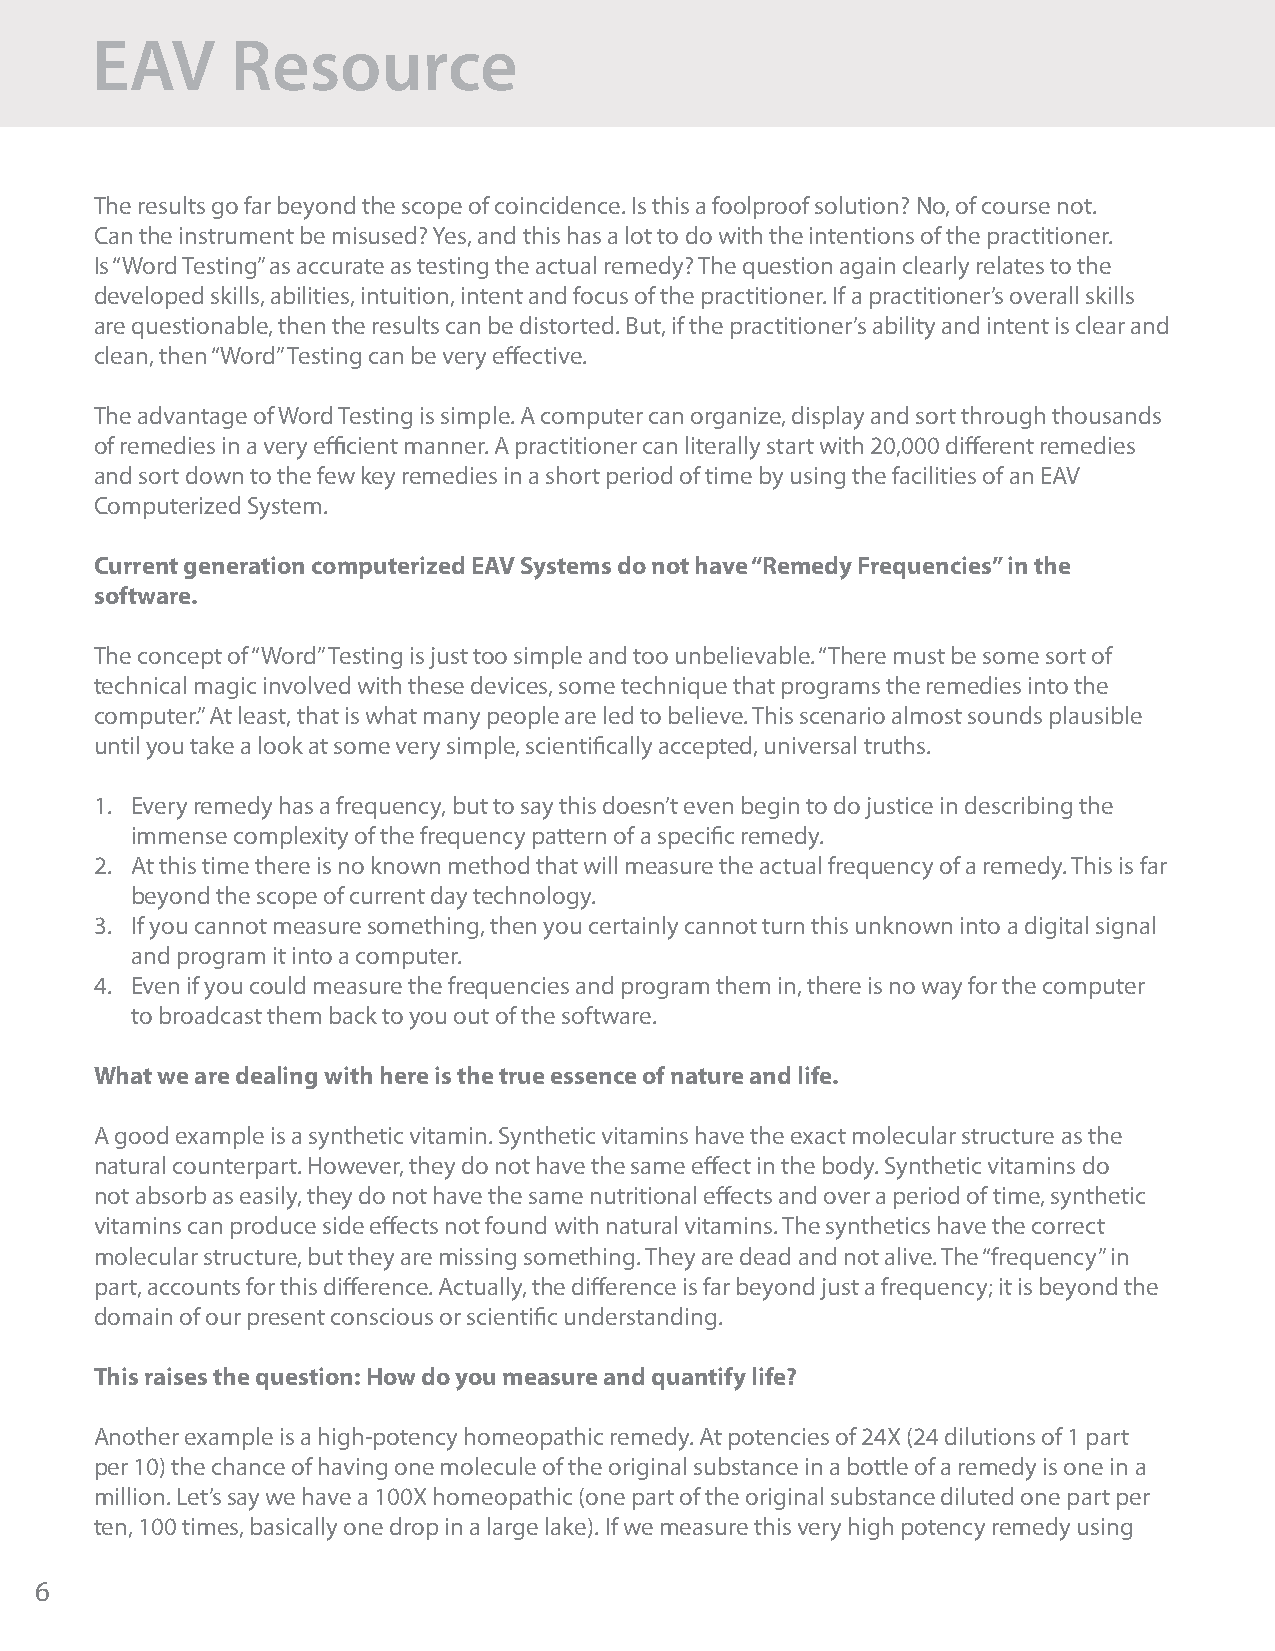
EAV      Resource
 The results go far beyond the scope of coincidence. Is this a foolproof solution? No, of course not.
 Can the instrument be misused? Yes, and this has a lot to do with the intentions of the practitioner.
 Is “Word Testing” as accurate as testing the actual remedy? The question again clearly relates to the
 developed skills, abilities, intuition, intent and focus of the practitioner. If a practitioner’s overall skills
 are questionable, then the results can be distorted. But, if the practitioner’s ability and intent is clear and
 clean, then “Word” Testing can be very effective.
 The advantage of Word Testing is simple. A computer can organize, display and sort through thousands
 of remedies in a very efficient manner. A practitioner can literally start with 20,000 different remedies
 and sort down to the few key remedies in a short period of time by using the facilities of an EAV
 Computerized System.
 Current generation computerized EAV Systems do not have “Remedy Frequencies” in the
 software.
 The concept of “Word” Testing is just too simple and too unbelievable. “There must be some sort of
 technical magic involved with these devices, some technique that programs the remedies into the
 computer.” At least, that is what many people are led to believe. This scenario almost sounds plausible
 until you take a look at some very simple, scientifically accepted, universal truths.
 1. Every remedy has a frequency, but to say this doesn’t even begin to do justice in describing the
 immense complexity of the frequency pattern of a specific remedy.
 2. At this time there is no known method that will measure the actual frequency of a remedy. This is far
 beyond the scope of current day technology.
 3. If you cannot measure something, then you certainly cannot turn this unknown into a digital signal
 and program it into a computer.
 4. Even if you could measure the frequencies and program them in, there is no way for the computer
 to broadcast them back to you out of the software.
 What we are dealing with here is the true essence of nature and life.
 A good example is a synthetic vitamin. Synthetic vitamins have the exact molecular structure as the
 natural counterpart. However, they do not have the same effect in the body. Synthetic vitamins do
 not absorb as easily, they do not have the same nutritional effects and over a period of time, synthetic
 vitamins can produce side effects not found with natural vitamins. The synthetics have the correct
 molecular structure, but they are missing something. They are dead and not alive. The “frequency” in
 part, accounts for this difference. Actually, the difference is far beyond just a frequency; it is beyond the
 domain of our present conscious or scientific understanding.
 This raises the question: How do you measure and quantify life?
 Another example is a high-potency homeopathic remedy. At potencies of 24X (24 dilutions of 1 part
 per 10) the chance of having one molecule of the original substance in a bottle of a remedy is one in a
 million. Let’s say we have a 100X homeopathic (one part of the original substance diluted one part per
 ten, 100 times, basically one drop in a large lake). If we measure this very high potency remedy using
 6